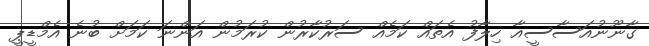
ގާނޫނުއަސާސީއާ ހިލާފު އެތައް ކަމެއް ސަރުކާރުން ކުރަމުން އަންނަ ކަމަށް ބުނެ އެމްޑީޕީ